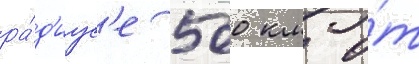
ра́д'иус'е 500 км о́т